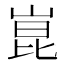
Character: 崑